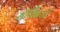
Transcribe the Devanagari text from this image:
नॉर्थब्रिजों